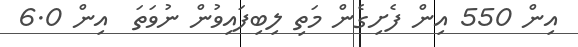
އިން 550 އިން ފެށިގެން މަތި ލިބިފައިވުން ނުވަތަ  އިން 6.0